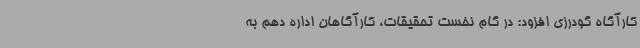
کارآگاه گودرزی افزود: در گام نخست تحقیقات، کارآگاهان اداره دهم به